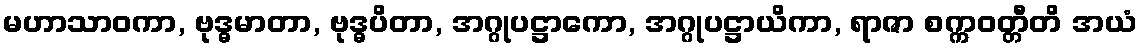
မဟာသာဝကာ, ဗုဒ္ဓမာတာ, ဗုဒ္ဓပိတာ, အဂ္ဂုပဋ္ဌာကော, အဂ္ဂုပဋ္ဌာယိကာ, ရာဇာ စက္ကဝတ္တီတိ အယံ